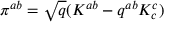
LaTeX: \pi ^ { a b } = { \sqrt { q } } ( K ^ { a b } - q ^ { a b } K _ { c } ^ { c } )